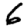
Digit: 6